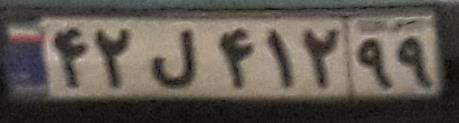
۴۲ل۴۱۲۹۹